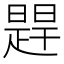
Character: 𬁔